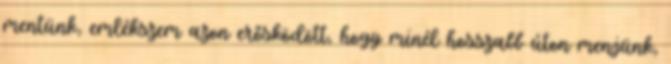
mentünk, emlékszem azon erősködött, hogy minél hosszabb úton menjünk,